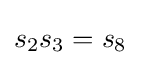
s_{2}s_{3}=s_{8}